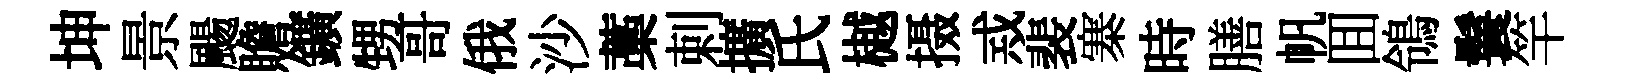
坤景颺贍鑛甥哥俄沙藁剌擴氏樾摄𢦶裴寨時膳帆囬鴒鬟竿